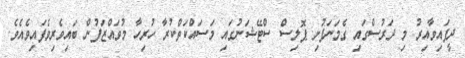
ދީފައިވާއިރު މި ދަރުސްގައި ގެމަނަފުށި ޕޮލިސް ސްޓޭޝަނުގައި މަސައްކަތްކުރާ ހުރިހާ މުވައްޒަފުން ބައިވެރިވެފައިވެއެވެ.